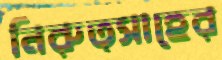
নিরুত্সাহের